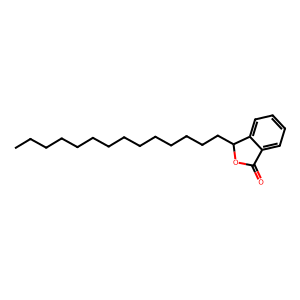
SMILES: CCCCCCCCCCCCCCC1OC(=O)c2ccccc21
Inhibits HIV replication: No